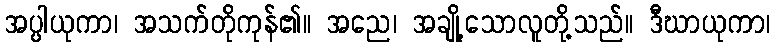
အပ္ပါယုကာ၊ အသက်တိုကုန်၏။ အညေ၊ အချို့သောလူတို့သည်။ ဒီဃာယုကာ၊